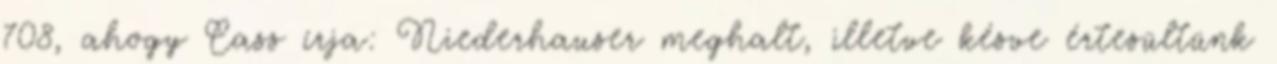
708, ahogy Cass írja: Niederhauser meghalt, illetve késve értesültünk